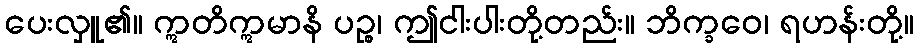
ပေးလှူ၏။ ဣတိဣမာနိ ပဉ္စ၊ ဤငါးပါးတို့တည်း။ ဘိက္ခဝေ၊ ရဟန်းတို့။